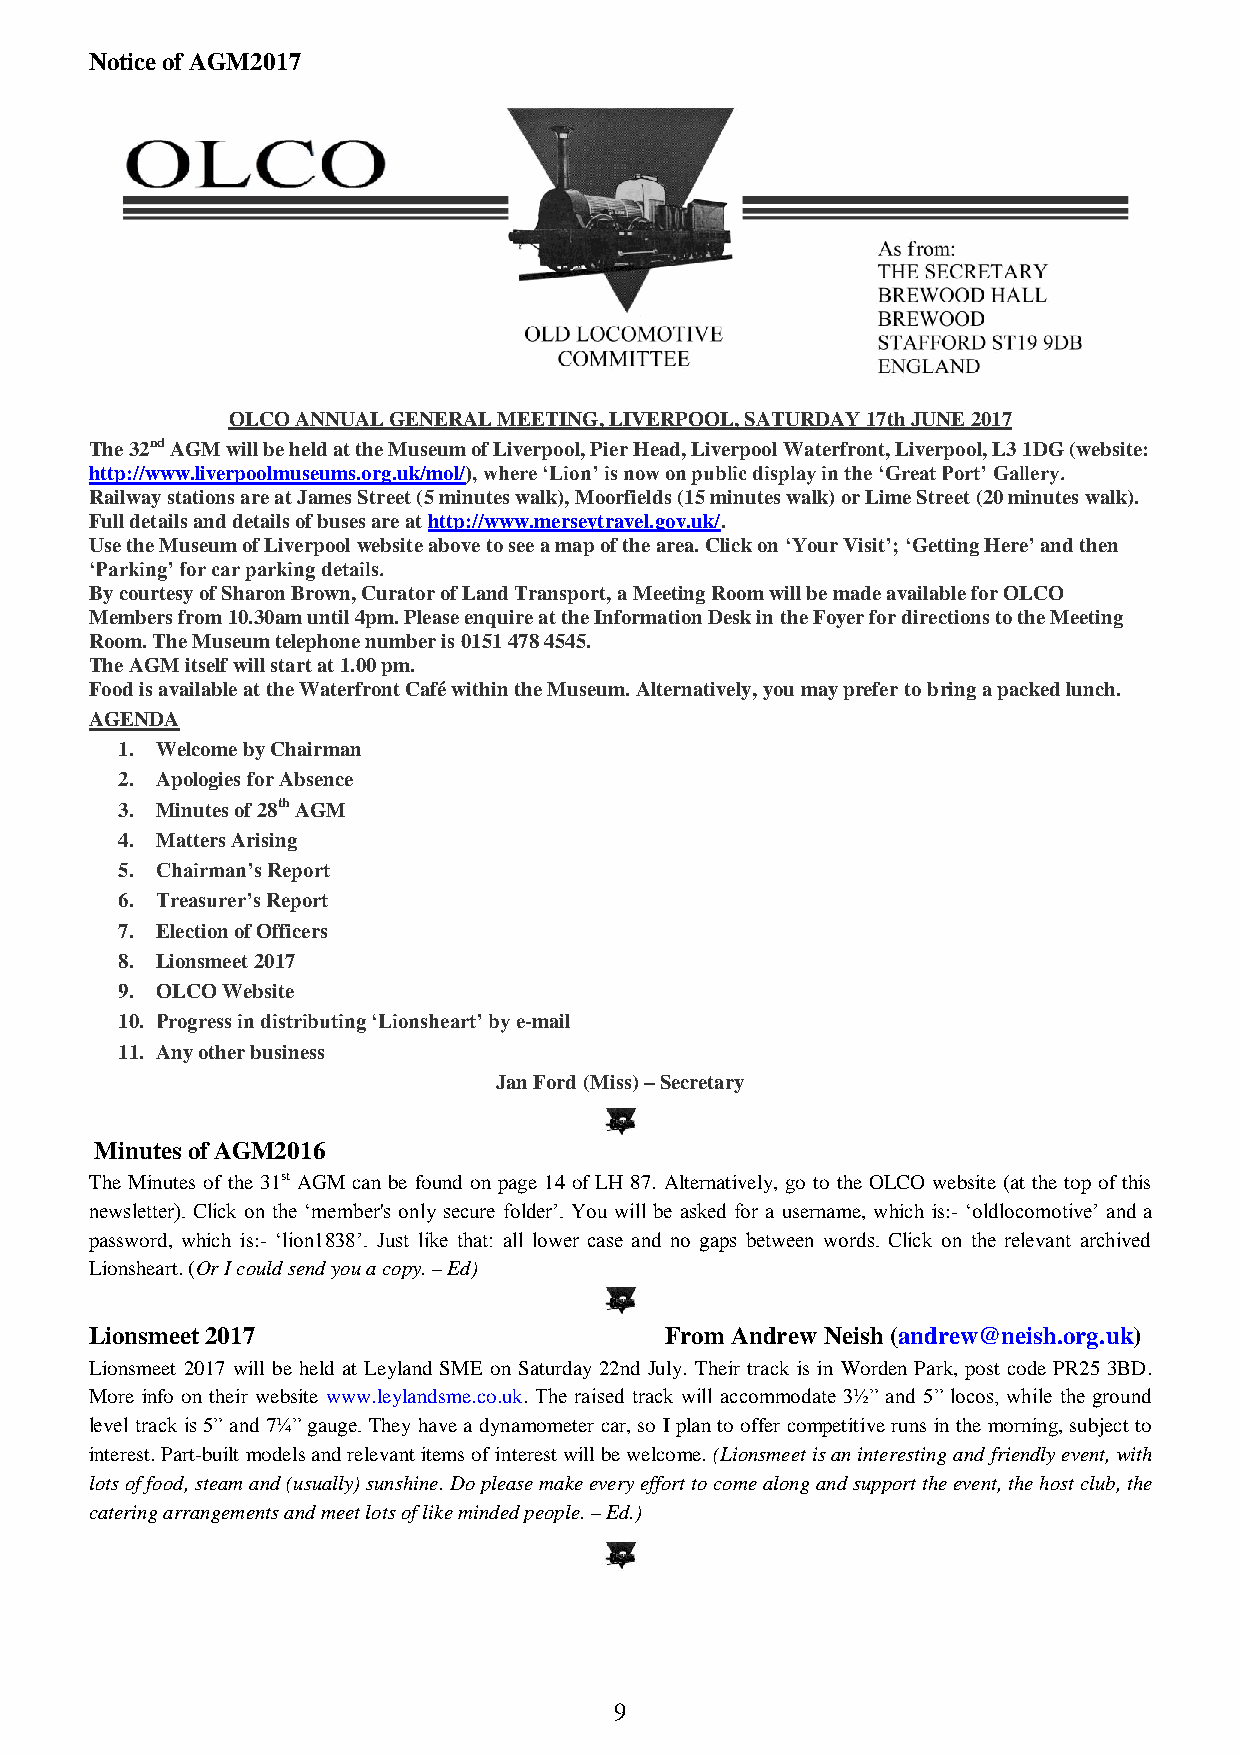
Notice of AGM2017
 OLCO ANNUAL GENERAL MEETING, LIVERPOOL, SATURDAY 17th JUNE 2017
 The 32nd AGM will be held at the Museum of Liverpool, Pier Head, Liverpool Waterfront, Liverpool, L3 1DG (website:
 http://www.liverpoolmuseums.org.uk/mol/), where ‘Lion’ is now on public display in the ‘Great Port’ Gallery.
 Railway stations are at James Street (5 minutes walk), Moorfields (15 minutes walk) or Lime Street (20 minutes walk).
 Full details and details of buses are at http://www.merseytravel.gov.uk/.
 Use the Museum of Liverpool website above to see a map of the area. Click on ‘Your Visit’; ‘Getting Here’ and then
 ‘Parking’ for car parking details.
 By courtesy of Sharon Brown, Curator of Land Transport, a Meeting Room will be made available for OLCO
 Members from 10.30am until 4pm. Please enquire at the Information Desk in the Foyer for directions to the Meeting
 Room. The Museum telephone number is 0151 478 4545.
 The AGM itself will start at 1.00 pm.
 Food is available at the Waterfront Café within the Museum. Alternatively, you may prefer to bring a packed lunch.
 AGENDA
 1. Welcome by Chairman
 2. Apologies for Absence
 3. Minutes of 28th AGM
 4. Matters Arising
 5. Chairman’s Report
 6. Treasurer’s Report
 7. Election of Officers
 8. Lionsmeet 2017
 9. OLCO Website
 10. Progress in distributing ‘Lionsheart’ by e-mail
 11. Any other business
 Jan Ford (Miss) – Secretary
 Minutes of AGM2016
 The Minutes of the 31st AGM can be found on page 14 of LH 87. Alternatively, go to the OLCO website (at the top of this
 newsletter). Click on the ‘member's only secure folder’. You will be asked for a username, which is:- ‘oldlocomotive’ and a
 password, which is:- ‘lion1838’. Just like that: all lower case and no gaps between words. Click on the relevant archived
 Lionsheart. (Or I could send you a copy. – Ed)
 Lionsmeet 2017                        From Andrew Neish (andrew@neish.org.uk)
 Lionsmeet 2017 will be held at Leyland SME on Saturday 22nd July. Their track is in Worden Park, post code PR25 3BD.
 More info on their website www.leylandsme.co.uk. The raised track will accommodate 3½” and 5” locos, while the ground
 level track is 5” and 7¼” gauge. They have a dynamometer car, so I plan to offer competitive runs in the morning, subject to
 interest. Part-built models and relevant items of interest will be welcome. (Lionsmeet is an interesting and friendly event, with
 lots of food, steam and (usually) sunshine. Do please make every effort to come along and support the event, the host club, the
 catering arrangements and meet lots of like minded people. – Ed.)
 9